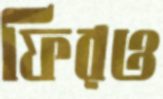
ফিরও